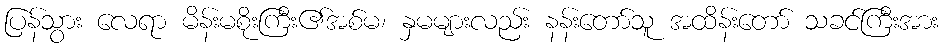
ပြန်သွား လေရာ မိန်းမစိုးကြီး၏အစ်မ၊ နှမများလည်း နန်းတော်သူ အထိန်းတော် သခင်ကြီးအား